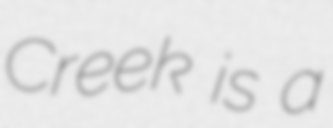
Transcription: Creek is a